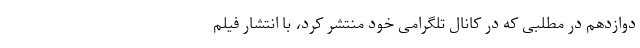
دوازدهم در مطلبی که در کانال تلگرامی خود منتشر کرد، با انتشار فیلم